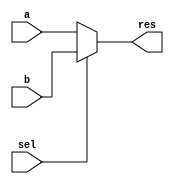
module mux_5b_2to1(
    input wire [4:0] a,
    input wire [4:0] b,
    input wire sel,
    output wire [4:0] res
);

    assign res = sel ? b : a;
endmodule

module mux_32b_2to1(
    input wire [31:0] a,
    input wire [31:0] b,
    input wire sel,
    output wire [31:0] res
);

    assign res= sel ? b : a;
endmodule